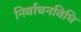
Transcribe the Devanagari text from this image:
निर्वाचनविधि